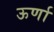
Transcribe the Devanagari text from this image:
ऊर्णा